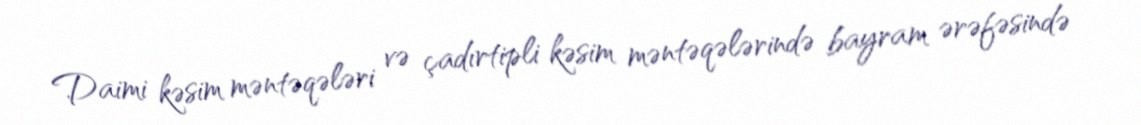
Daimi kəsim məntəqələri və çadırtipli kəsim məntəqələrində bayram ərəfəsində